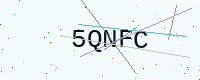
Text: 5QNFC